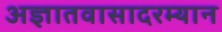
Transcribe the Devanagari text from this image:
अज्ञातवासादरम्यान